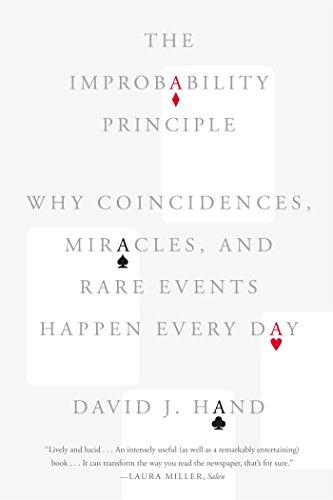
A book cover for The Improbability Principle: Why Coincidences, Miracles, and Rare Events Happen Every Day; David J. Hand; Business & Money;